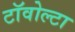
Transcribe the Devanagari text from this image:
टॉवोल्‍टा